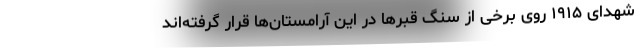
شهدای ۱۹۱۵ روی برخی از سنگ قبرها در این آرامستان‌ها قرار گرفته‌اند